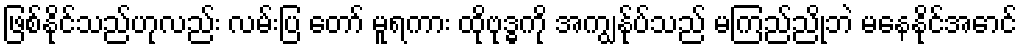
ဖြစ်နိုင်သည်ဟုလည်း လမ်းပြ တော် မူရကား ထိုဗုဒ္ဓကို အကျွန်ုပ်သည် မကြည်ညိုဘဲ မနေနိုင်အောင်